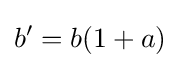
b^{\prime }=b(1+a)